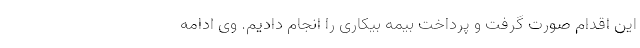
این اقدام صورت گرفت و پرداخت بیمه بیکاری را انجام دادیم. وی ادامه